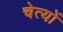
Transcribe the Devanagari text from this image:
चेत्यों